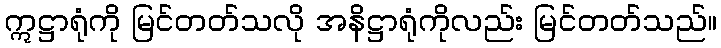
ဣဋ္ဌာရုံကို မြင်တတ်သလို အနိဋ္ဌာရုံကိုလည်း မြင်တတ်သည်။